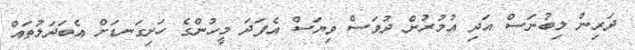
ދަރިން ލިބުނަސް އަދި އުމުރުން ދުވަސް ވިޔަސް އެފަދަ މީހުންގެ ހަށިގަނޑަށް އެބަދަލުތައް